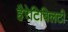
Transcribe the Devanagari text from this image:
हैरेटिबिलटी